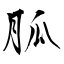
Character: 胍